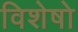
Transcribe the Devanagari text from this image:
विशेषो